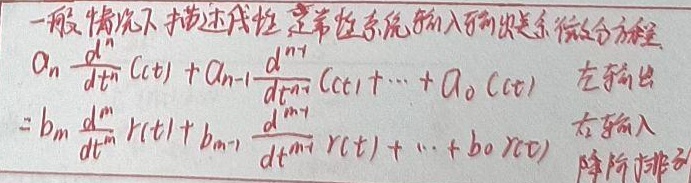
一般情况下描述线性定常系统输入输出关系微分方程：
\[
a_{n}\frac{d^{n}}{dt^{n}}c(t)+a_{n - 1}\frac{d^{n - 1}}{dt^{n - 1}}c(t)+\cdots+a_{0}c(t) \quad (\text{左输出})
\]
\[
=b_{m}\frac{d^{m}}{dt^{m}}r(t)+b_{m - 1}\frac{d^{m - 1}}{dt^{m - 1}}r(t)+\cdots + b_{0}r(t) \quad (\text{右输入，降阶排列})
\]